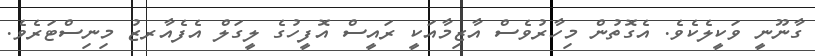
ގާނޫނީ ވަކީލެކެވެ. އެގޮތުން މިހާރުވެސް އާޒިމާއަކީ ރައީސް އޮފީހުގެ ލީގަލް އެފެއާރޒު މިނިސްޓަރެވެ.